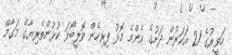
ހަވީރުގެ 21 އަހަރުން ދަށުގެ އެންމެ މޮޅު ފިރިހެން ވޮލީބޯޅަ ކުޅުންތެރިޔާގެ މަގާމް